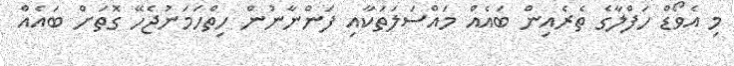
މި އެވޯޑް ހަފްލާގެ ތެރެއިން ބައެއް މައްސަލަތަކާއި ފަންނާނުން ހިތްހަމަނުޖެހޭ ގޮތަށް ބައެއް